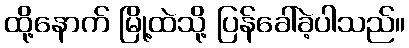
ထို့နောက် မြို့ထဲသို့ ပြန်ခေါ်ခဲ့ပါသည်။